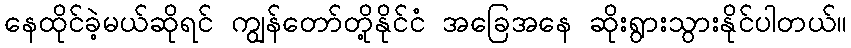
နေထိုင်ခဲ့မယ်ဆိုရင် ကျွန်တော်တို့နိုင်ငံ အခြေအနေ ဆိုးရွားသွားနိုင်ပါတယ်။